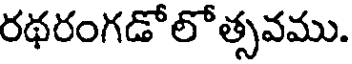
రథరంగడోలోత్సవము.